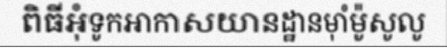
ពិធីអុំទូកអាកាសយានដ្ឋានម៉ាំម៉ូសូលូ